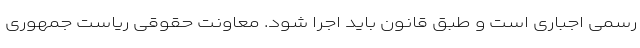
رسمی اجباری است و طبق قانون باید اجرا شود. معاونت حقوقی ریاست جمهوری